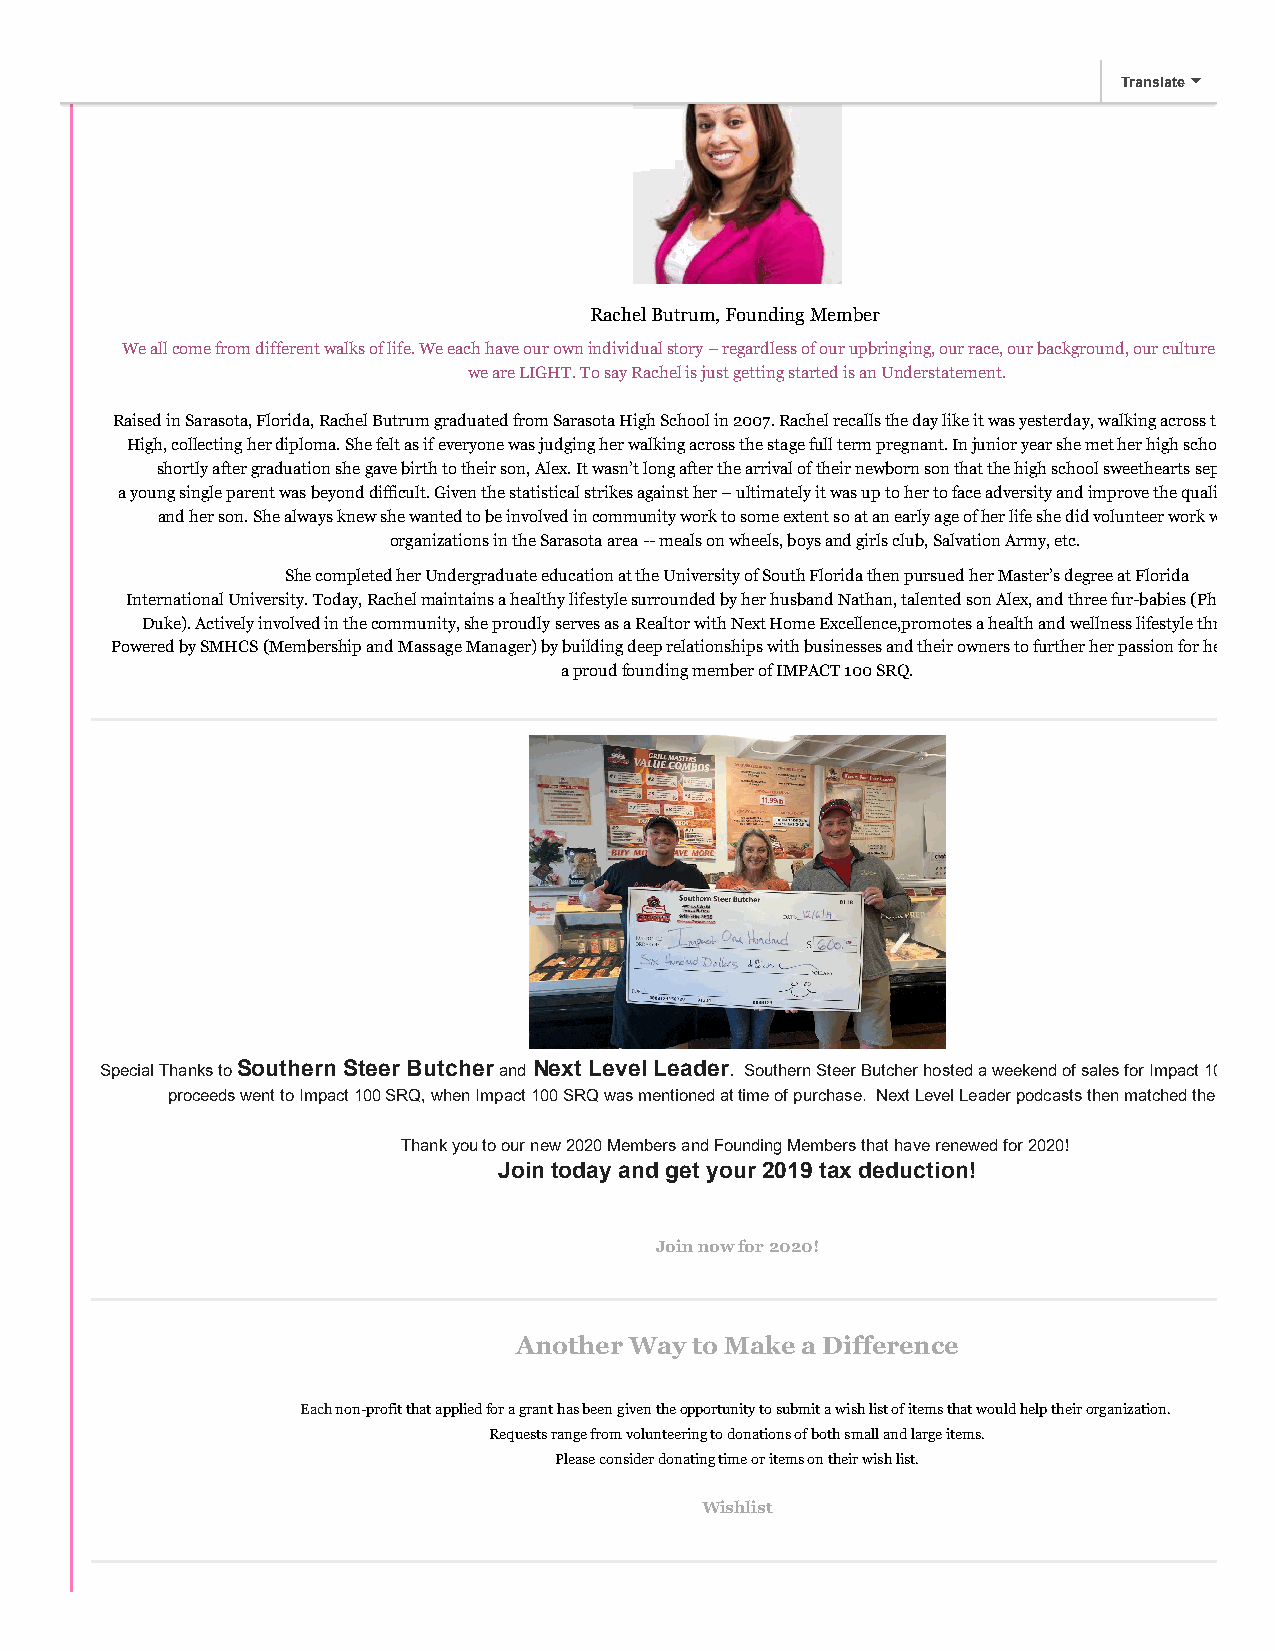
Translate
 Rachel Butrum, Founding Member
 We all come from different walks of life. We each have our own individual story – regardless of our upbringing, our race, our background, our culture
 we are LIGHT. To say Rachel is just getting started is an Understatement.
 Raised in Sarasota, Florida, Rachel Butrum graduated from Sarasota High School in 2007. Rachel recalls the day like it was yesterday, walking across t
 High, collecting her diploma. She felt as if everyone was judging her walking across the stage full term pregnant. In junior year she met her high scho
 shortly after graduation she gave birth to their son, Alex. It wasn’t long after the arrival of their newborn son that the high school sweethearts sep
 a young single parent was beyond difficult. Given the statistical strikes against her – ultimately it was up to her to face adversity and improve the quali
 and her son. She always knew she wanted to be involved in community work to some extent so at an early age of her life she did volunteer work w
 organizations in the Sarasota area -- meals on wheels, boys and girls club, Salvation Army, etc.
 She completed her Undergraduate education at the University of South Florida then pursued her Master’s degree at Florida
 International University. Today, Rachel maintains a healthy lifestyle surrounded by her husband Nathan, talented son Alex, and three fur-babies (Ph
 Duke). Actively involved in the community, she proudly serves as a Realtor with Next Home Excellence,promotes a health and wellness lifestyle thr
 Powered by SMHCS (Membership and Massage Manager) by building deep relationships with businesses and their owners to further her passion for he
 a proud founding member of IMPACT 100 SRQ.
 Special Thanks to Southern Steer Butcher and Next Level Leader. Southern Steer Butcher hosted a weekend of sales for Impact 10
 proceeds went to Impact 100 SRQ, when Impact 100 SRQ was mentioned at time of purchase. Next Level Leader podcasts then matched the
 Thank you to our new 2020 Members and Founding Members that have renewed for 2020!
 Join today and get your 2019 tax deduction!
 Join now for 2020!
 Another Way to Make a Difference
 Each non-profit that applied for a grant has been given the opportunity to submit a wish list of items that would help their organization.
 Requests range from volunteering to donations of both small and large items.
 Please consider donating time or items on their wish list.
 Wishlist